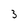
Character: 3